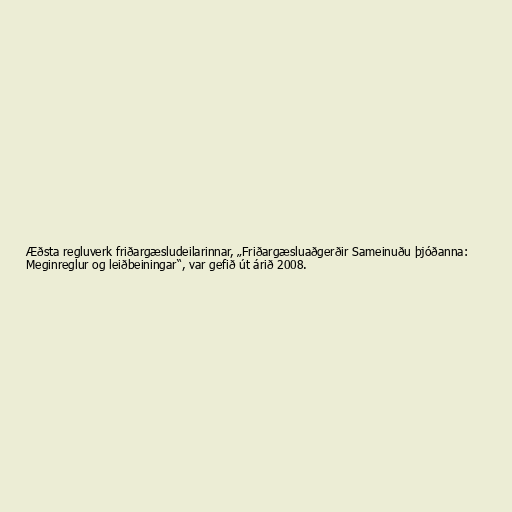
Æðsta regluverk friðargæsludeilarinnar, „Friðargæsluaðgerðir Sameinuðu þjóðanna:
Meginreglur og leiðbeiningar“, var gefið út árið 2008.